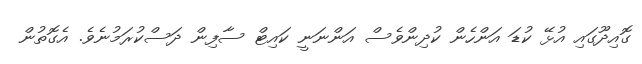
ގޮއިދޫގައި އުޅޭ ކުޑަ އަންހެން ކުދިންވެސް އަންނަނީ ކައިޓް ސާފިން ދަސްކުރަމުނެވެ. އެގޮތުން